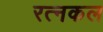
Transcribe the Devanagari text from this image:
रत्नकल